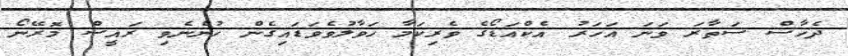
ދެހާސް ސަތާރަ ވަނަ އަަހަރު އެކްއަޑޯގެ ވެރިކަމާ ހަވާލުވެވަޑައިގެން ހުންނެވި ރައީސް މޮރޭނޯ